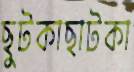
ছুটকাছাটকা